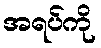
အရပ်ကို